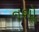
નશોૢ